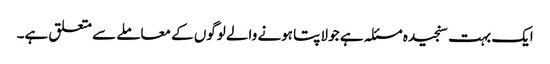
ایک بہت سنجیدہ مسئلہ ہے جو لاپتا ہونے والے لوگوں کے معاملے سے متعلق ہے۔